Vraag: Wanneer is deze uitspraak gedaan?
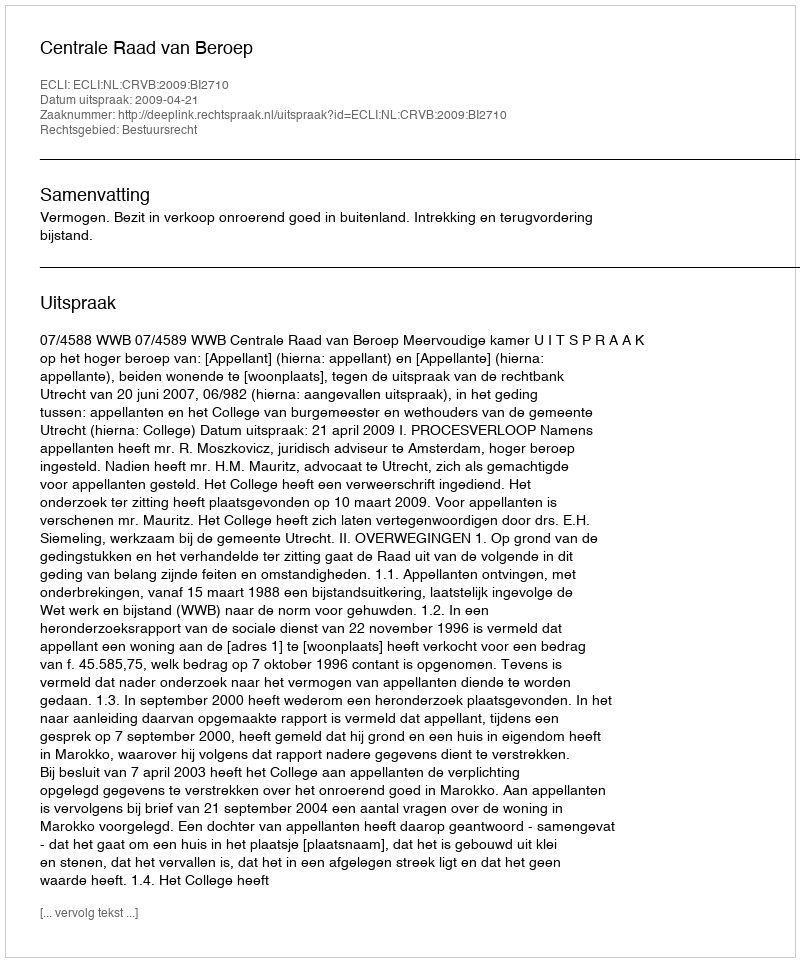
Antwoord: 2009-04-21